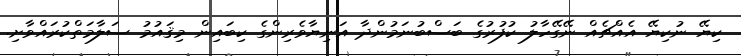
ކިޔޭ ނުކިޔޭ އެއްޗެއް ނޭގޭހާލު ކުފުރުގެ ބަސްބުނަމުންދާ އަނިޔާވެރިންގެ ކިބައިން މިޤައުމު ސަލާމަތްކުރައްވާށި.